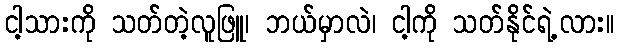
ငါ့သားကို သတ်တဲ့လူဖြူ၊ ဘယ်မှာလဲ၊ ငါ့ကို သတ်နိုင်ရဲ့လား။